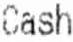
CASH